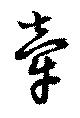
牽